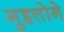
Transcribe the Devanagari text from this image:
गुइत्तोने